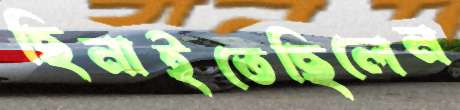
ছিনাইতেছিলেন